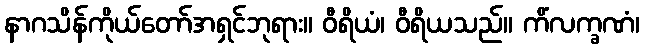
နာဂသိန်ကိုယ်တော်အရှင်ဘုရား။ ဝီရိယံ၊ ဝီရိယသည်။ ကိံလက္ခဏံ၊